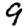
Digit: 9